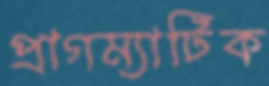
প্রাগম্যাটিক